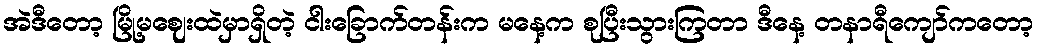
အဲဒီတော့ မြို့မဈေးထဲမှာရှိတဲ့ ငါးခြောက်တန်းက မနေ့က စုပြီးသွားကြတာ ဒီနေ့ တနာရီကျော်ကတော့